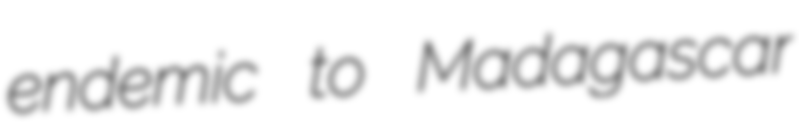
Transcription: endemic to Madagascar